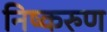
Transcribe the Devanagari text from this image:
निष्करुण